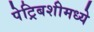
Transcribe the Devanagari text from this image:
पेट्रिबशीमध्ये